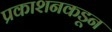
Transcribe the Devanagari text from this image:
प्रकाशनकडून